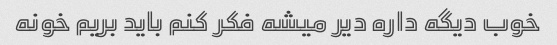
خوب دیگه داره دیر میشه فکر کنم باید بریم خونه